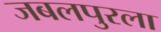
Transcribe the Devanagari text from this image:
जबलपुरला